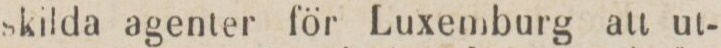
skilda agenter för Luxemburg att ut-